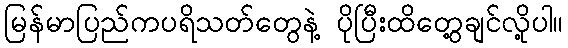
မြန်မာပြည်ကပရိသတ်တွေနဲ့ ပိုပြီးထိတွေ့ချင်လို့ပါ။